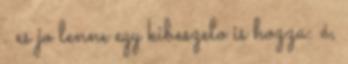
. es jo lenne egy kibeszelo is hozza: á,